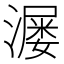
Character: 𬉆